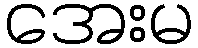
အေးမ